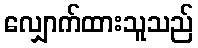
လျှောက်ထားသူသည်